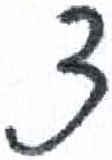
אות: צ